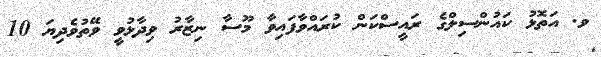
ވ. އަތޮޅު ކައުންސިލްގެ ރައީސްކަން ކުރައްވާފައިވާ މޫސާ ނިޒާރު ވިދާޅުވީ ވޭތުވެދިޔަ 10